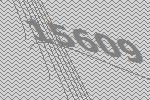
15609